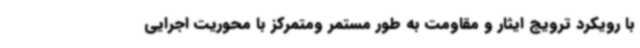
با رویکرد ترویج ایثار و مقاومت به طور مستمر ومتمرکز با محوریت اجرایی